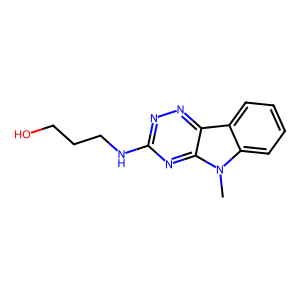
SMILES: Cn1c2ccccc2c2nnc(NCCCO)nc21
Inhibits HIV replication: No